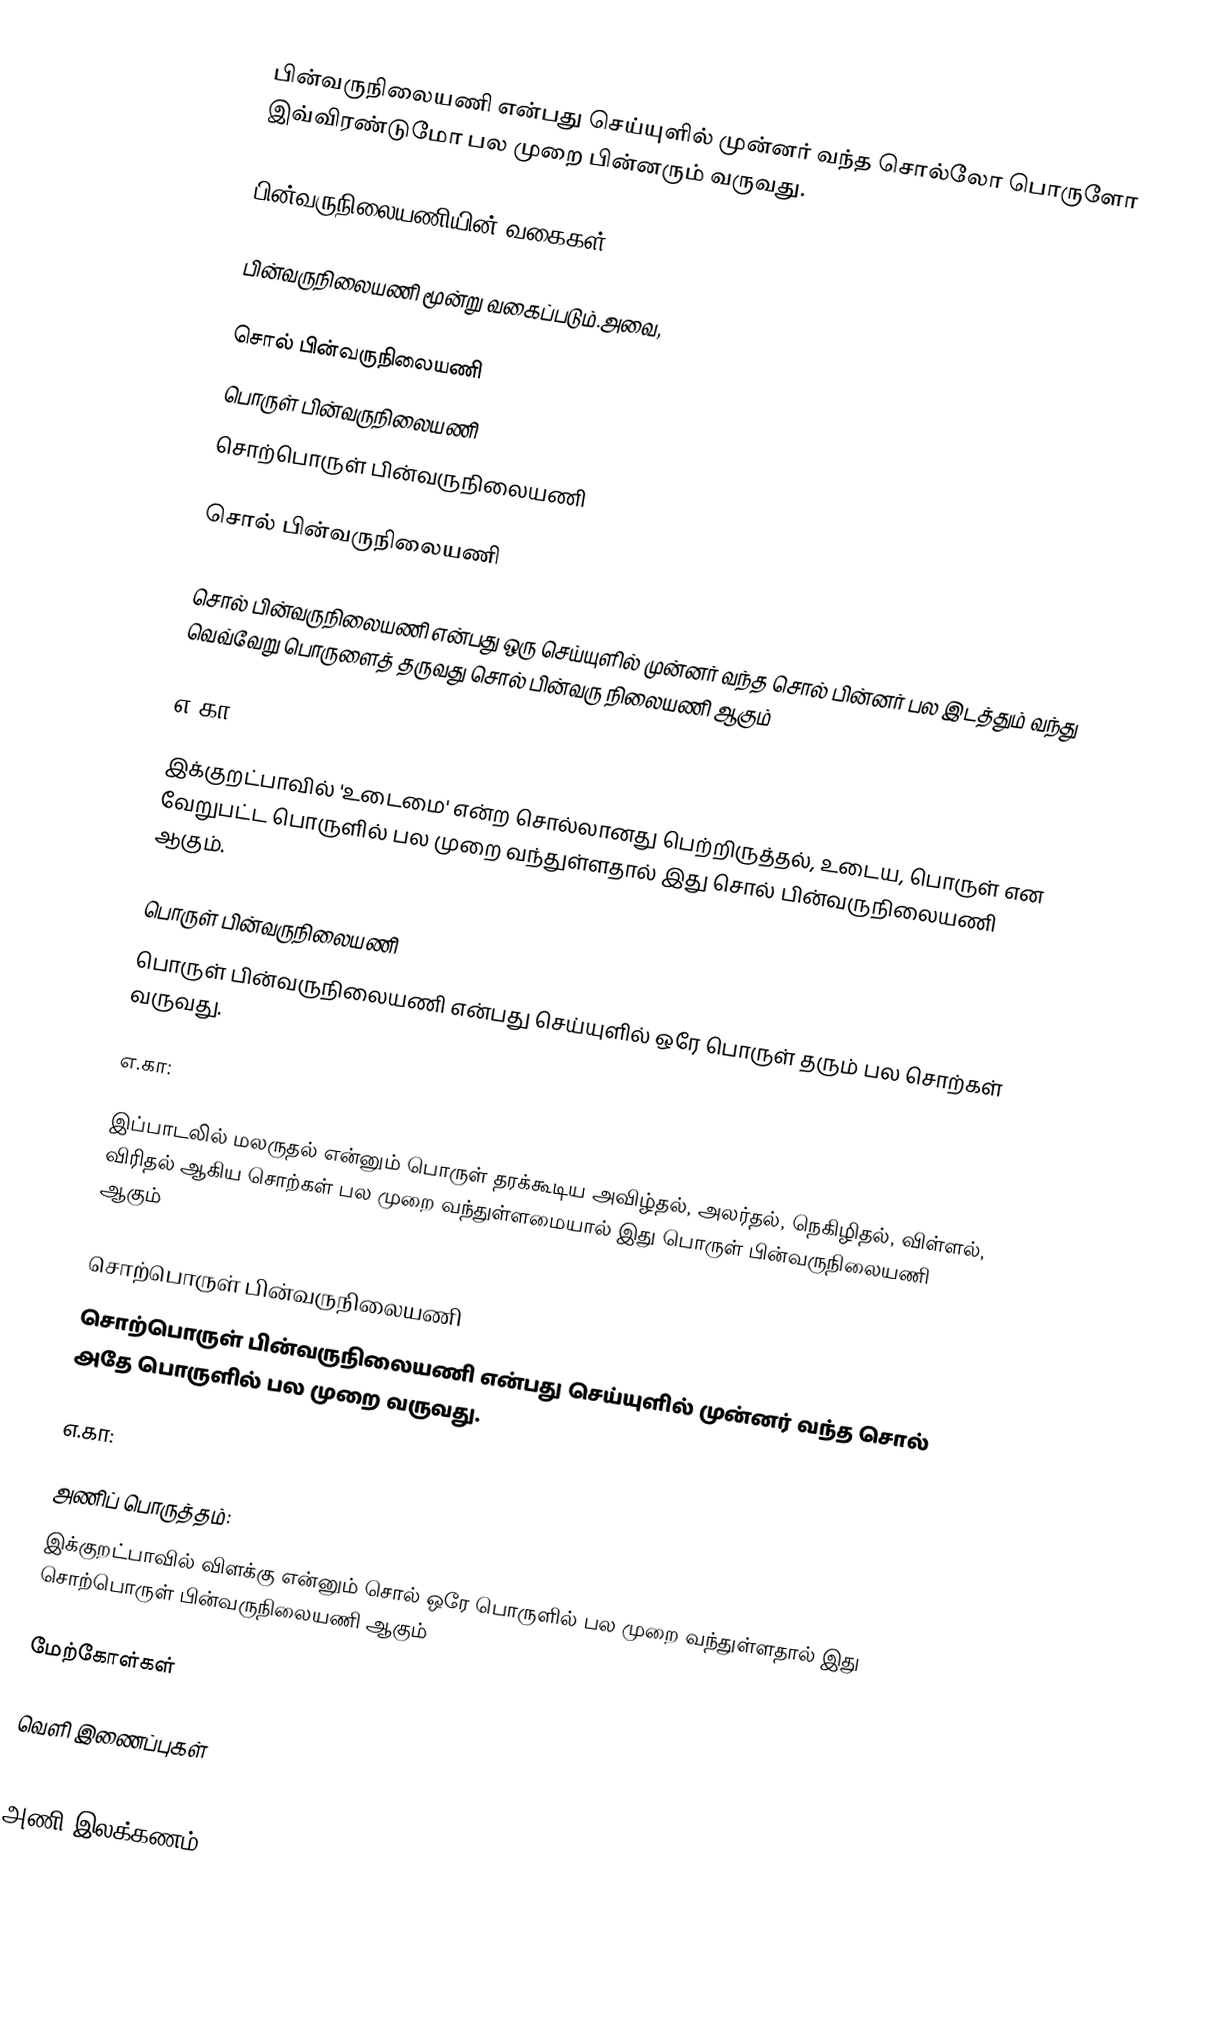
பின்வருநிலையணி என்பது செய்யுளில் முன்னர் வந்த சொல்லோ பொருளோ இவ்விரண்டுமோ பல முறை பின்னரும் வருவது.

பின்வருநிலையணியின் வகைகள்

பின்வருநிலையணி மூன்று வகைப்படும்.அவை,

 சொல் பின்வருநிலையணி
 பொருள் பின்வருநிலையணி
 சொற்பொருள் பின்வருநிலையணி

சொல் பின்வருநிலையணி

சொல் பின்வருநிலையணி என்பது ஒரு செய்யுளில் முன்னர் வந்த சொல் பின்னர் பல இடத்தும் வந்து வெவ்வேறு பொருளைத் தருவது சொல் பின்வரு நிலையணி ஆகும்

எ.கா:

இக்குறட்பாவில் 'உடைமை' என்ற சொல்லானது பெற்றிருத்தல், உடைய, பொருள் என வேறுபட்ட பொருளில் பல முறை வந்துள்ளதால் இது சொல் பின்வருநிலையணி ஆகும்.

பொருள் பின்வருநிலையணி
பொருள் பின்வருநிலையணி என்பது செய்யுளில் ஒரே பொருள் தரும் பல சொற்கள் வருவது.

எ.கா:

இப்பாடலில் மலருதல் என்னும் பொருள் தரக்கூடிய அவிழ்தல், அலர்தல், நெகிழிதல், விள்ளல், விரிதல் ஆகிய சொற்கள் பல முறை வந்துள்ளமையால் இது பொருள் பின்வருநிலையணி ஆகும்

சொற்பொருள் பின்வருநிலையணி
சொற்பொருள் பின்வருநிலையணி என்பது செய்யுளில் முன்னர் வந்த சொல்  அதே பொருளில்  பல முறை வருவது.

எ.கா:

அணிப் பொருத்தம்:
இக்குறட்பாவில் விளக்கு என்னும் சொல் ஒரே பொருளில் பல முறை வந்துள்ளதால் இது சொற்பொருள் பின்வருநிலையணி ஆகும்

மேற்கோள்கள்

வெளி இணைப்புகள்

அணி இலக்கணம்